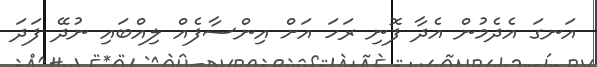
އަނގަ އެދެމުން އެދާ ފޮނި ރަހަ އަށް އިންސާފެއް ލިއްބައި ނުދޭ ފަދަ